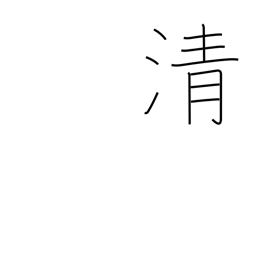
Meaning: cleanse